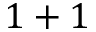
1 + 1